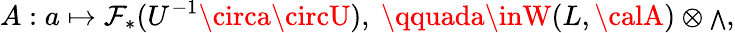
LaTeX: A:a\mapsto\mathcal{F}_{*}(U^{-1}\circa\circU),\ \qquada\inW(L,{\calA})\otimes{\scriptstyle\bigwedge},